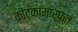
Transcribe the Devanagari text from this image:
कीटकांमार्फत